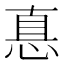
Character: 惪